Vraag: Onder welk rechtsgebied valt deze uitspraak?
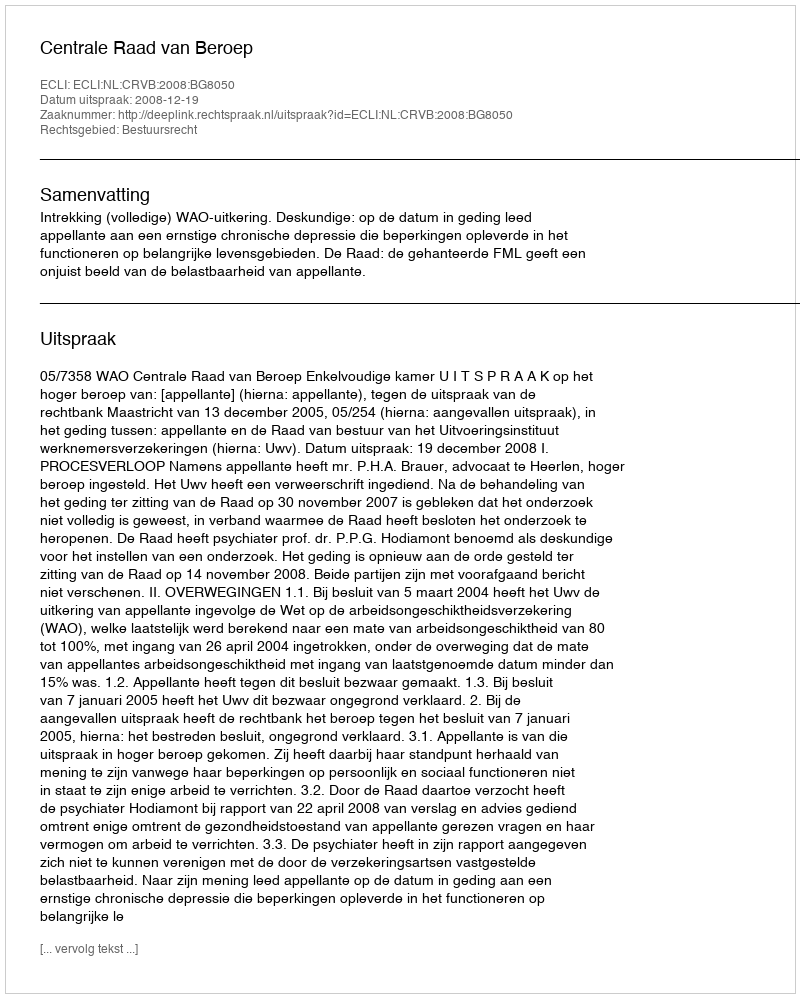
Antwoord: Bestuursrecht